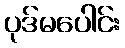
ပုဒ်မပေါင်း